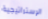
الإستراتيجية